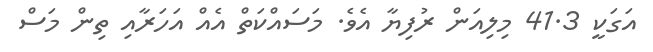
އަގަކީ 41.3 މިލިއަން ރުފިޔާ އެވެ. މަސައްކަތް އެއް އަހަރާއި ތިން މަސް